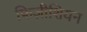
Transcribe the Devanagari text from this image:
फिज़ीशियन